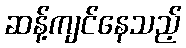
ဆန့်ကျင်နေသည့်